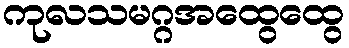
ကုလသမဂ္ဂအထွေထွေ